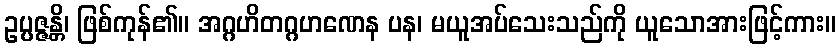
ဥပ္ပဇ္ဇန္တိ၊ ဖြစ်ကုန်၏။ အဂ္ဂဟိတဂ္ဂဟဏေန ပန၊ မယူအပ်သေးသည်ကို ယူသောအားဖြင့်ကား။